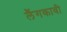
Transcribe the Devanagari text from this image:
लैंगकावी